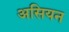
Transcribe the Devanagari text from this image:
असियन